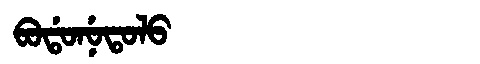
Manchu: ᠪᠣᡩᠣᠨᡠᡨᠣᠯᠣ
Romanization: BODONUTOLO